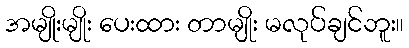
အမျိုးမျိုး ပေးထား တာမျိုး မလုပ်ချင်ဘူး။